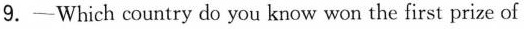
9.—Which country do you know won the first prize of